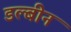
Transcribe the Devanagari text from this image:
डल्बीन